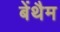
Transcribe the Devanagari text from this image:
बेंथैम